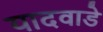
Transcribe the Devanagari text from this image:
यादवाडे